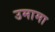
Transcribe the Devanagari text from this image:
उमामा